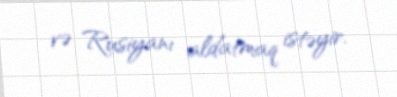
və Rusiyanı aldatmaq istəyir.